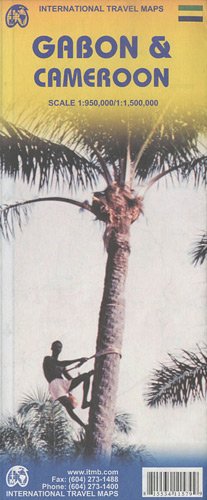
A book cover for Cameroon 1:1,500,000 and Gabon 1:950,000 Travel Map (International Travel Maps); ITM Canada; Travel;